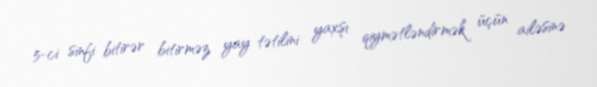
5-ci sinfi bitirər bitirməz yay tətilini yaxşı qiymətləndirmək üçün ailəsinə